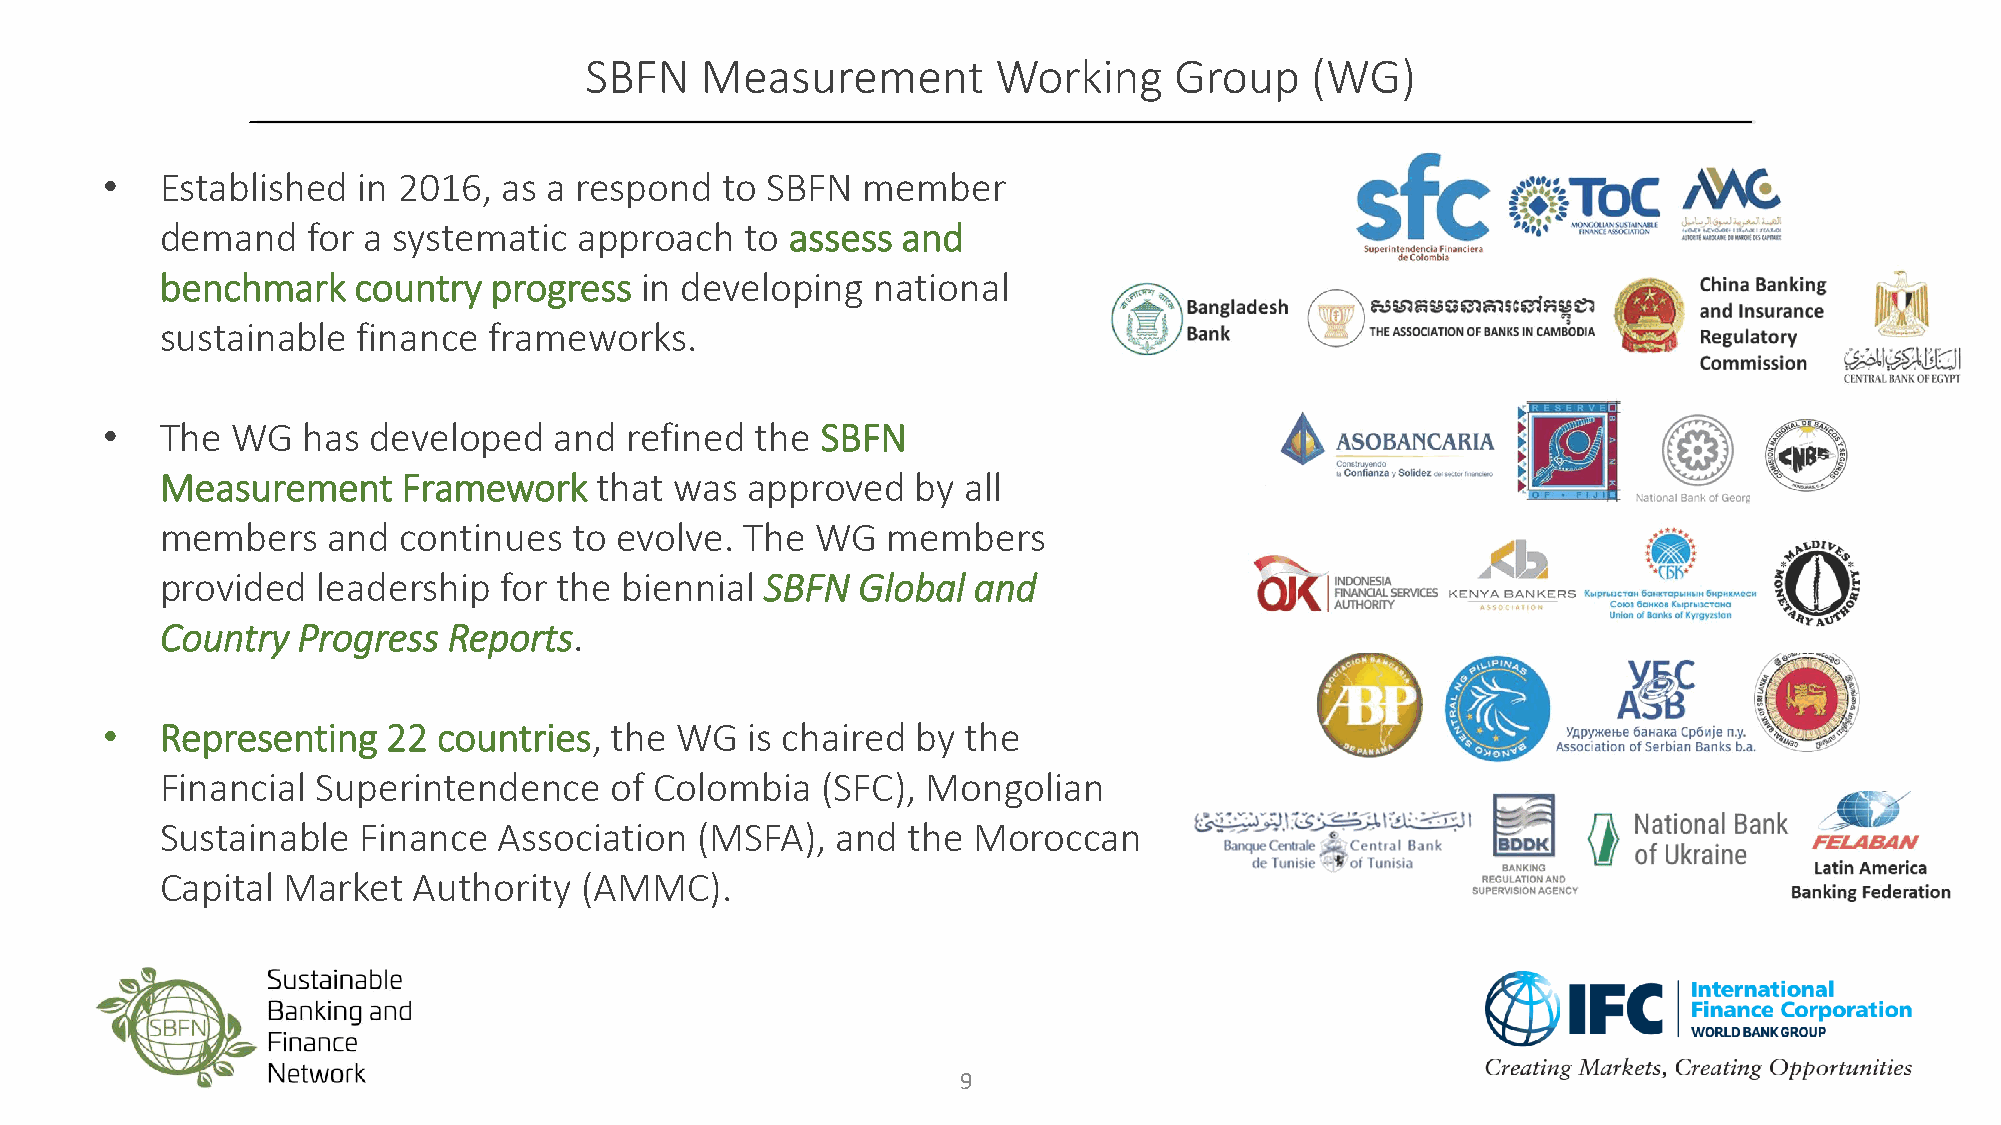
SBFN   Measurement         Working     Group    (WG)
 •   Established  in 2016, as a respond   to SBFN  member
 demand   for a systematic  approach   to assess  and
 benchmark   country  progress  in developing   national
 sustainable  finance frameworks.
 •   The WG   has developed    and refined  the SBFN
 Measurement     Framework   that  was approved    by all
 members    and continues   to evolve. The  WG   members
 provided  leadership  for the biennial  SBFN  Global and
 Country  Progress  Reports.
 •   Representing   22 countries, the  WG  is chaired  by the
 Financial Superintendence    of Colombia   (SFC), Mongolian
 Sustainable  Finance  Association  (MSFA),  and  the Moroccan
 Capital Market  Authority  (AMMC).
 9